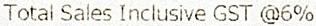
TOTAL SALES INCLUSIVE GST @6%